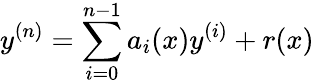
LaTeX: y^{(n)}=\sum_{i=0}^{n-1}a_{i}(x)y^{(i)}+r(x)